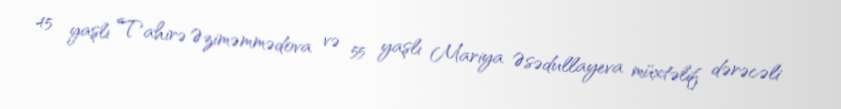
45 yaşlı Tahirə Əziməmmədova və 55 yaşlı Mariya Əsədullayeva müxtəlif dərəcəli